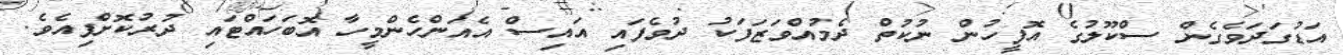
އަޑުގަދަވެގެން ސްކޫލުގެ އޮފީހުން ނުކުތް ދެމުއްވަޒަފަކު ދުވެފައި އައިސް އެއަންހެންމީހާ އޮބަހައްޓައި ދުރުކޮށްފިއެވެ.